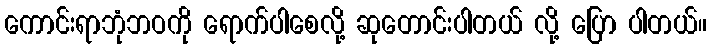
ကောင်းရာဘုံဘဝကို ရောက်ပါစေလို့ ဆုတောင်းပါတယ် လို့ ပြော ပါတယ်။